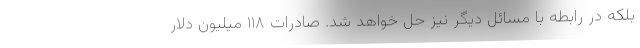
بلکه در رابطه با مسائل دیگر نیز حل خواهد شد. صادرات ۱۱۸ میلیون دلار